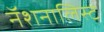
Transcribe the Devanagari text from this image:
नॅशनालिस्ट